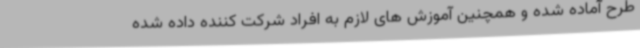
طرح آماده شده و همچنین آموزش های لازم به افراد شرکت کننده داده شده